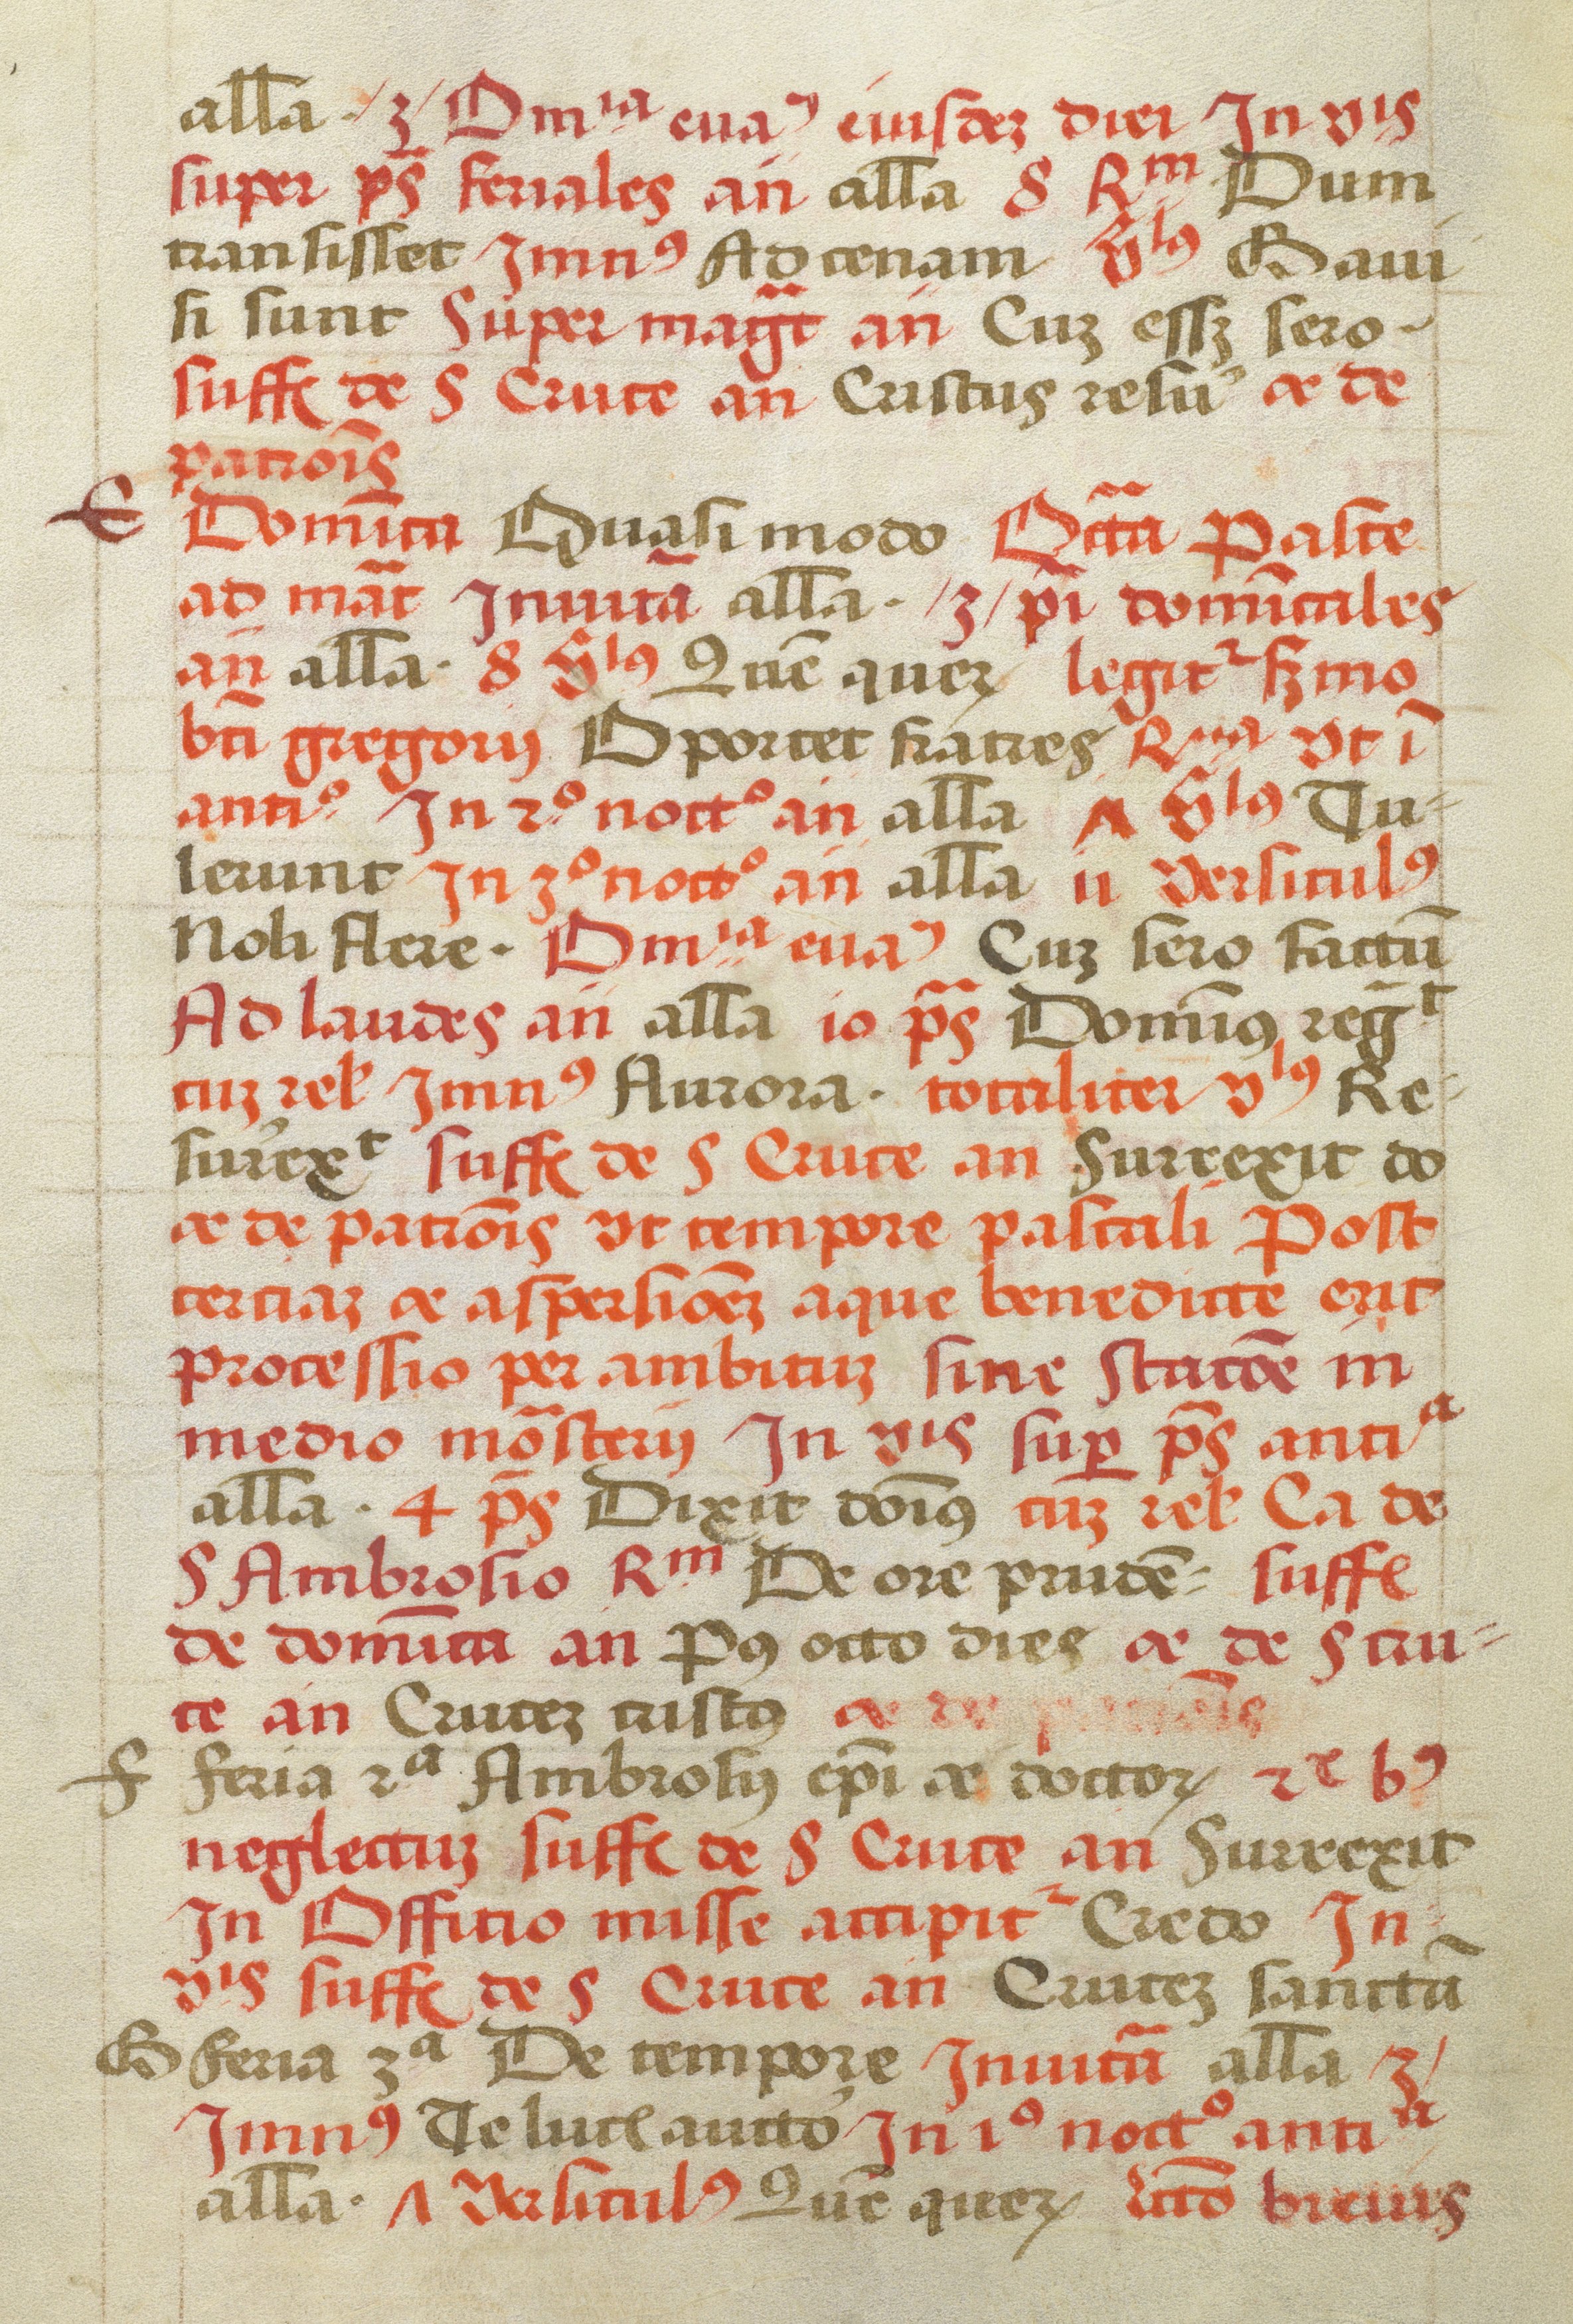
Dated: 1505–1535